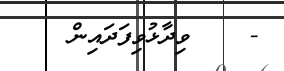
-    ވިދާޅުވިފަދައިން